65_HS1-834228961_62-HQ-83894_Section_4
Agency: FBI
Page 98
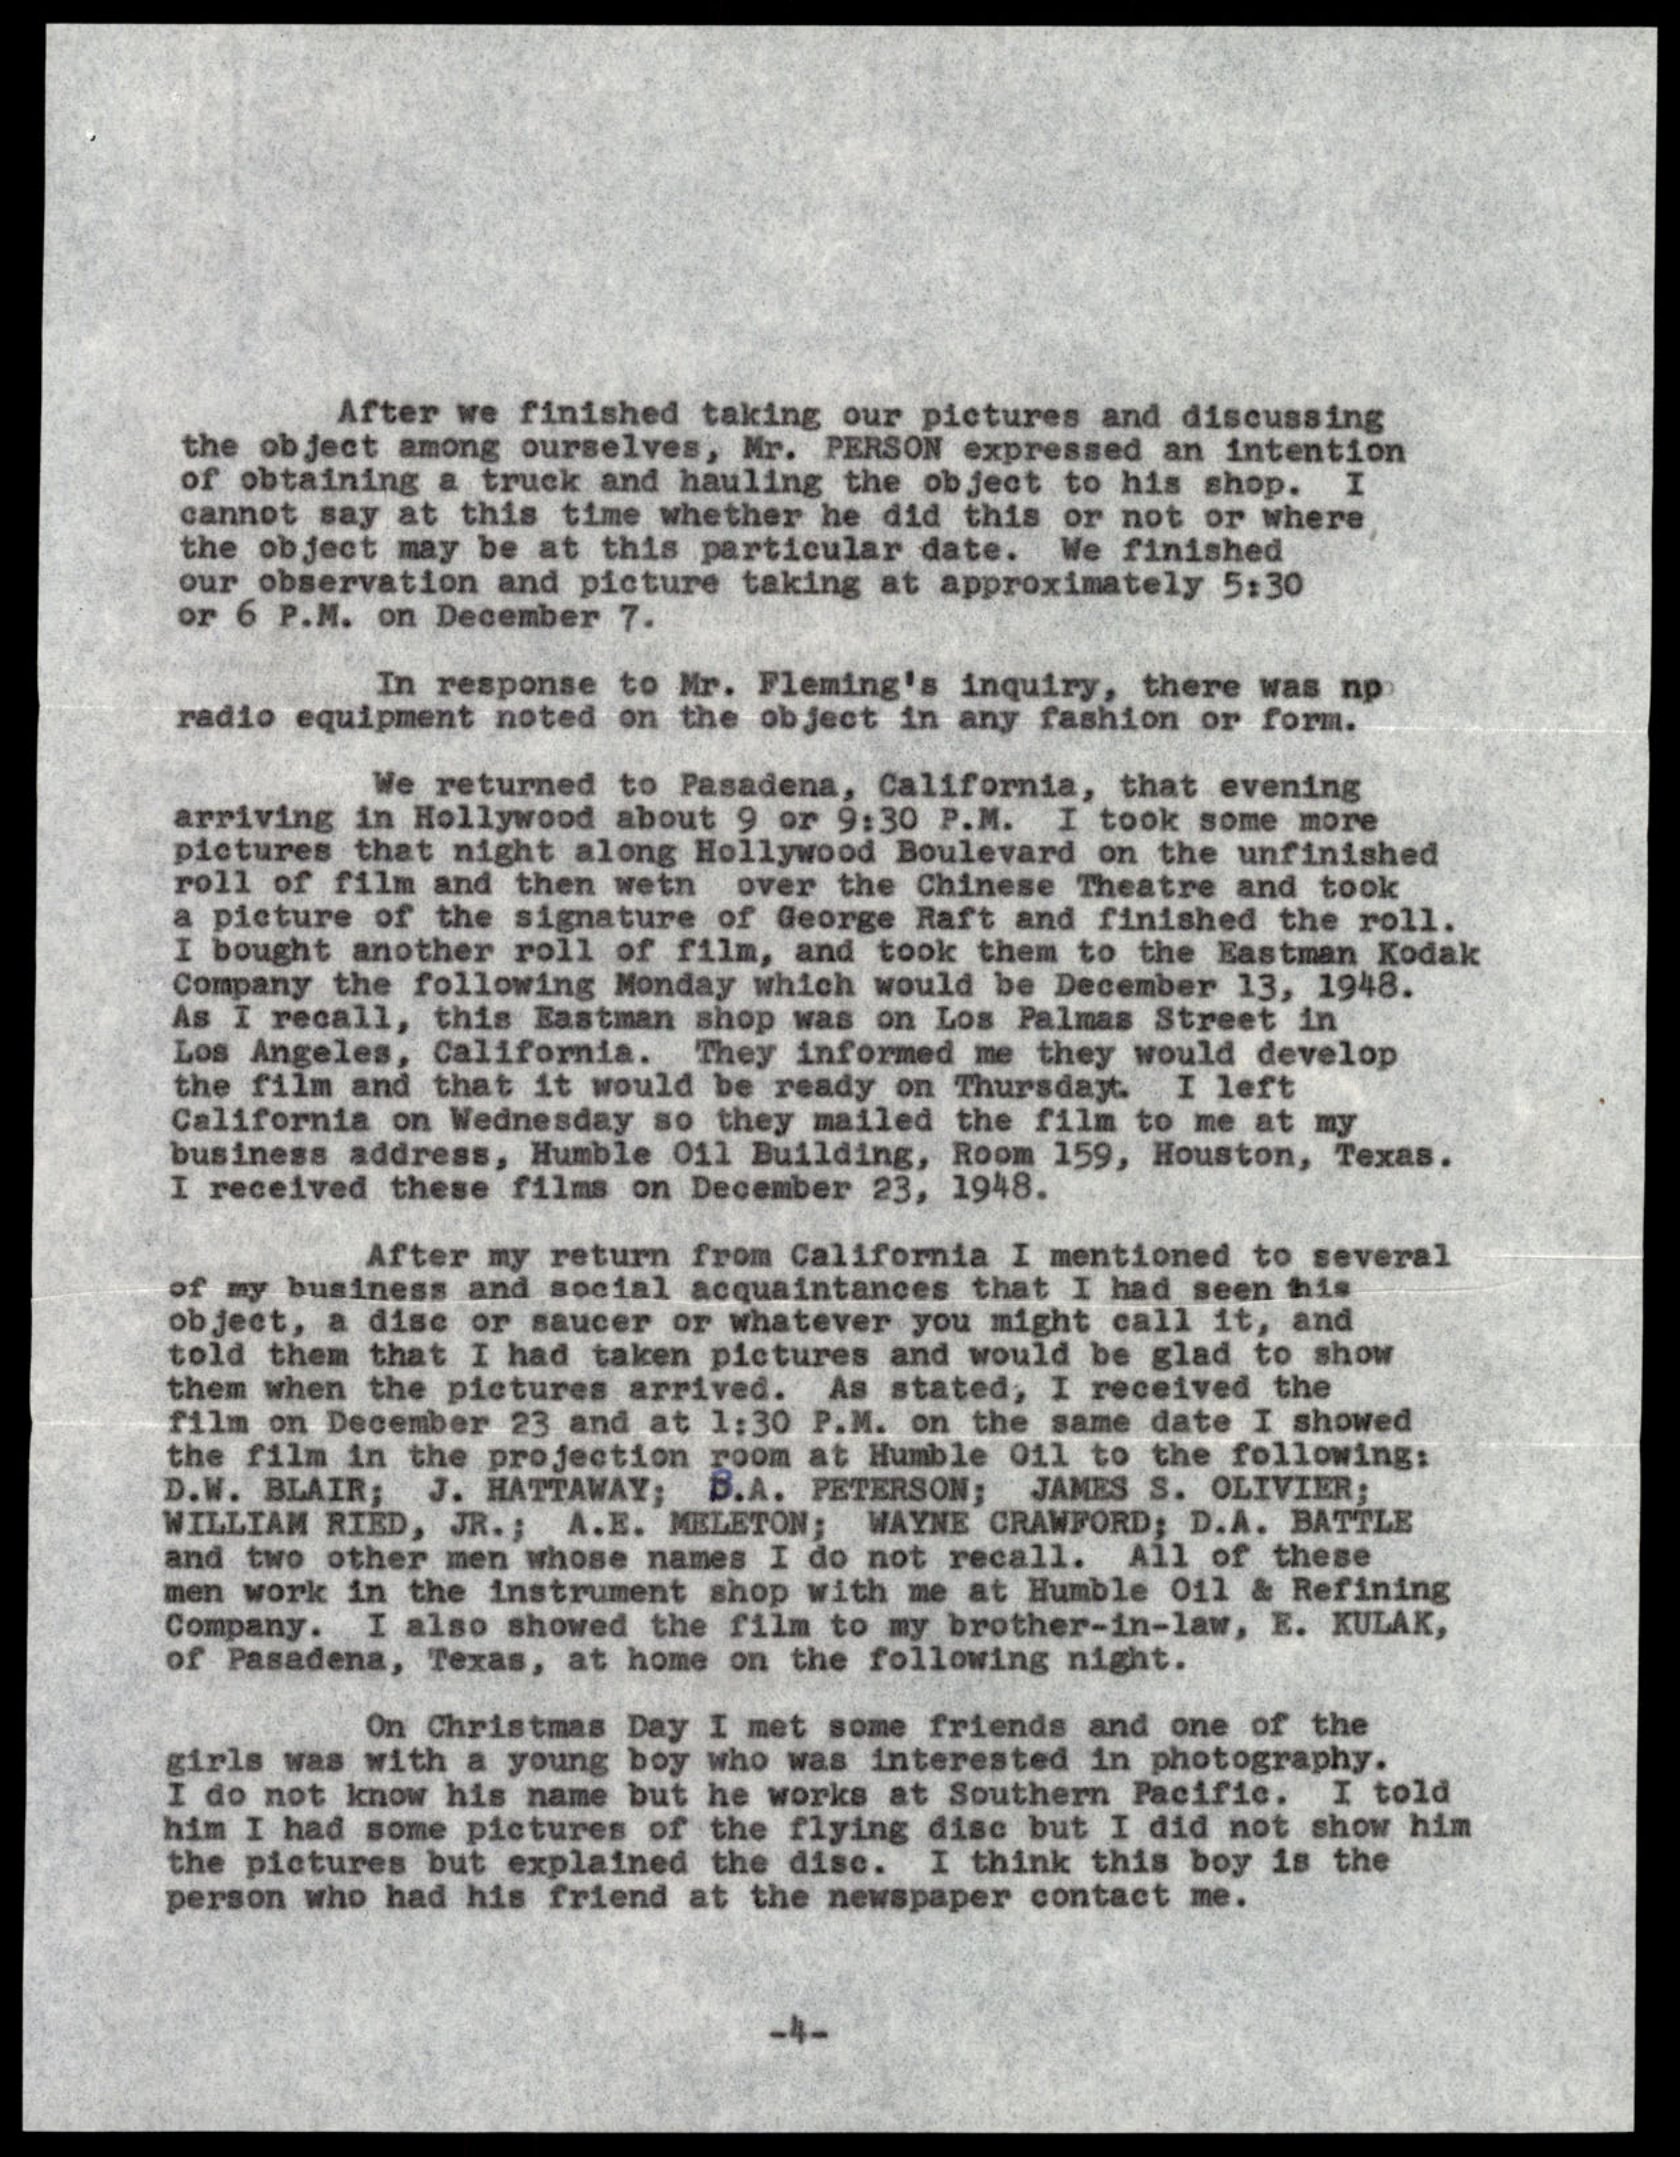